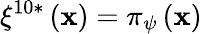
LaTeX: \xi^{10*}\left(\mathbf{x}\right)=\pi_{\psi}\left(\mathbf{x}\right)